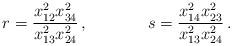
LaTeX: \begin{align*}r = \frac{x_{12}^{2}x_{34}^{2}}{x_{13}^{2}x_{24}^{2}}\, , \hspace{1.5cm} s = \frac{x_{14}^{2}x_{23}^{2}}{x_{13}^{2}x_{24}^{2}}\, .\end{align*}